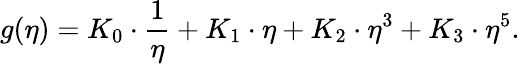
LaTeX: g(\eta)=K_{0}\cdot\frac{1}{\eta}+K_{1}\cdot\eta+K_{2}\cdot\eta^{3}+K_{3}\cdot\eta^{5}.